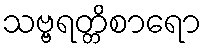
သဗ္ဗရတ္တိစာရော